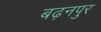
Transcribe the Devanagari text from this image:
बढ़नपुर